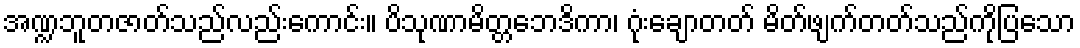
အဏ္ဍဘူတဇာတ်သည်လည်းကောင်း။ ပိသုဏာမိတ္တဘေဒိကာ၊ ဂုံးချောတတ် မိတ်ဖျက်တတ်သည်ကိုပြသော